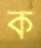
ক